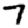
Digit: 7